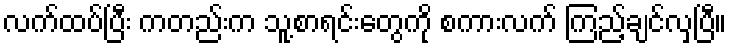
လက်ထပ်ပြီး ကတည်းက သူ့စာရင်းတွေကို စကားလက် ကြည့်ချင်လှပြီ။